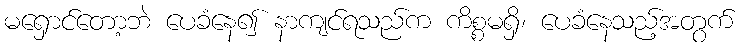
မရှောင်တော့ဘဲ ပေခံနေ၍ နာကျင်ရသည်က ကိစ္စမရှိ၊ ပေခံနေသည့်အတွက်